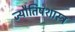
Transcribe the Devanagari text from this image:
ज्यौतिषशास्त्र